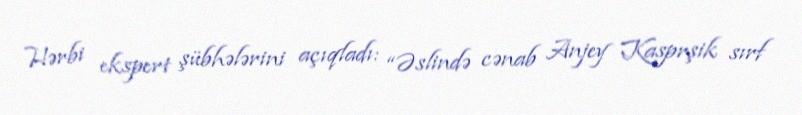
Hərbi ekspert şübhələrini açıqladı: “Əslində cənab Anjey Kasprşik sırf